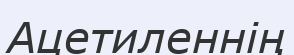
Ацетиленнің